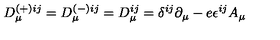
D _ { \mu } ^ { ( + ) i j } = D _ { \mu } ^ { ( - ) i j } = D _ { \mu } ^ { i j } = \delta ^ { i j } \partial _ { \mu } - e \epsilon ^ { i j } A _ { \mu }